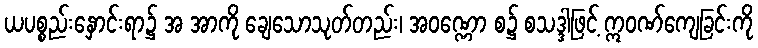
ယပစ္စည်းနှောင်းရာ၌ အ အာကို ချေသောသုတ်တည်း၊ အဝဏ္ဏော စ၌ စသဒ္ဒါဖြင့် ဣဝဏ်ကျေခြင်းကို